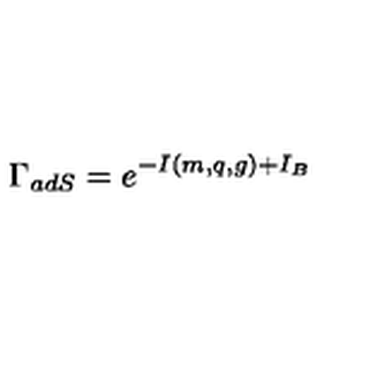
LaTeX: \Gamma _ { a d S } = e ^ { - I ( m , q , g ) + I _ { B } }